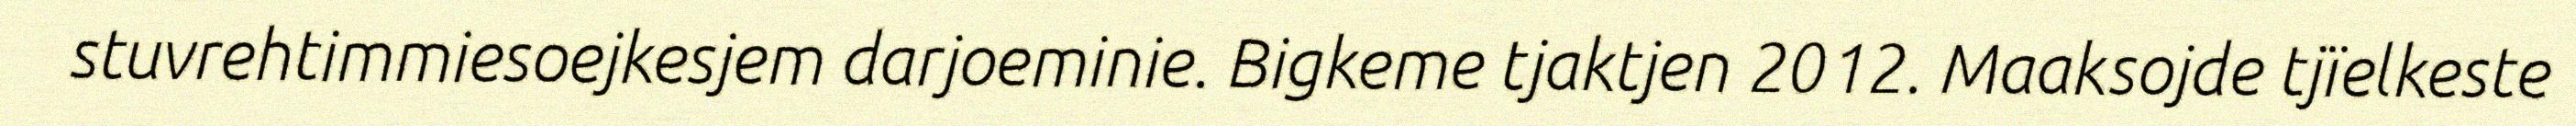
stuvrehtimmiesoejkesjem darjoeminie. Bigkeme tjaktjen 2012. Maaksojde tjïelkeste